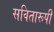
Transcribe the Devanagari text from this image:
सवितारूपी